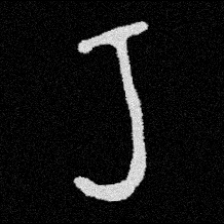
Pyu character \u2014 Myanmar letter: ရ (romanized: ra)